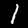
Label: 1